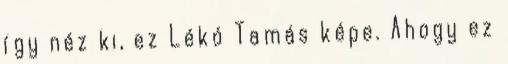
így néz ki, ez Lékó Tamás képe. Ahogy ez